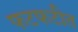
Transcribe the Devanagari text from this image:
फटफटीत